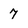
Character: 7